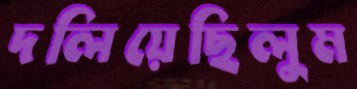
দলিয়েছিলুম